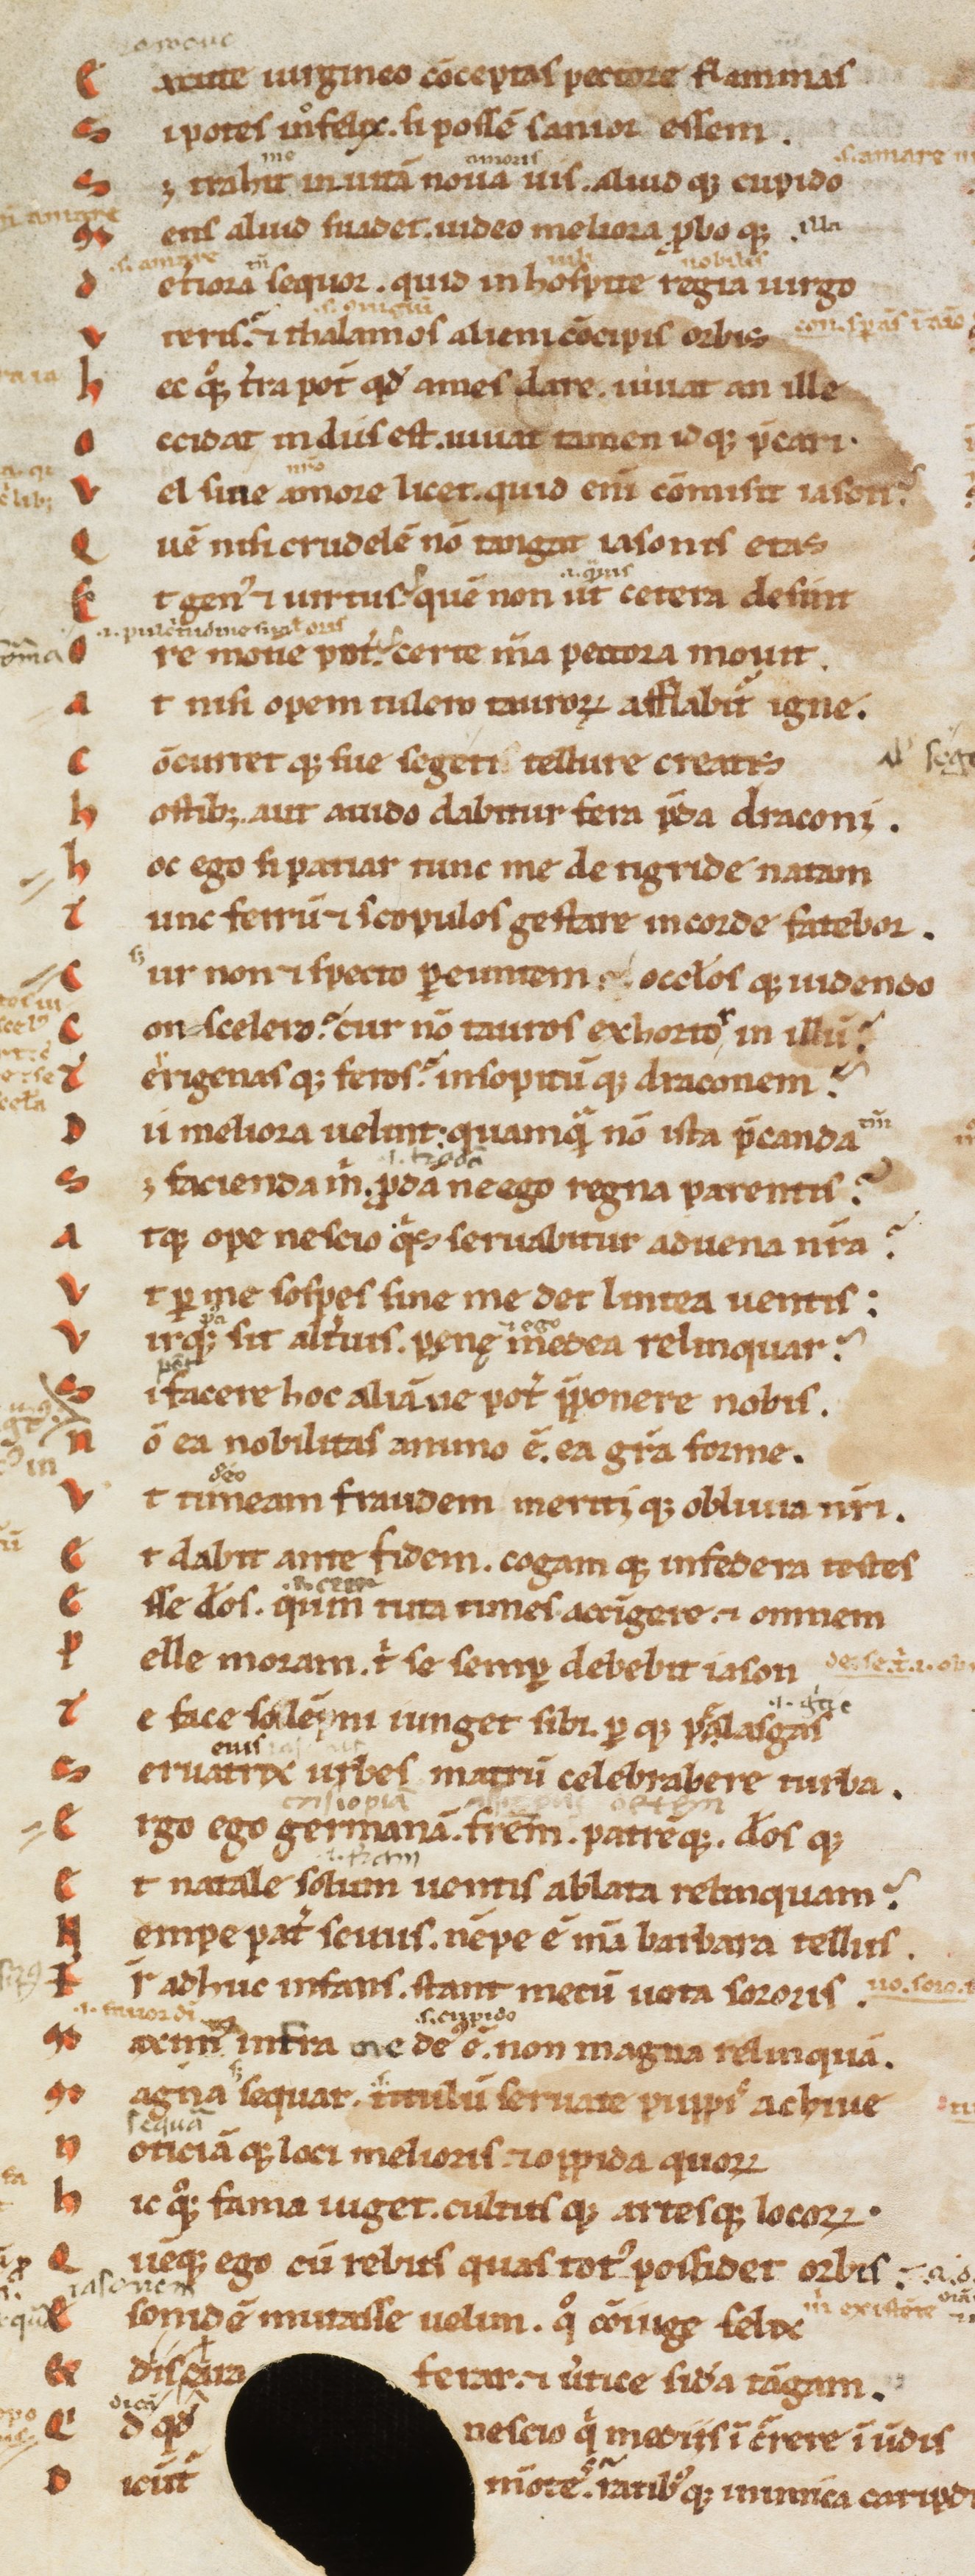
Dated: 1170–1199